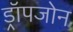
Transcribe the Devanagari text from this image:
ड्रॉपजोन